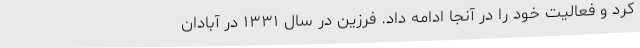
کرد و فعالیت خود را در آنجا ادامه داد. فرزین در سال ۱۳۳۱ در آبادان